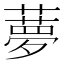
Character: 𦿏